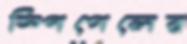
স্পিগেলের